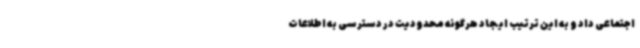
اجتماعی داد و به این ترتیب ایجاد هرگونه محدودیت در دسترسی به اطلاعات